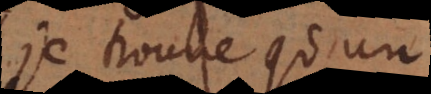
je trouve qu’un